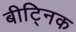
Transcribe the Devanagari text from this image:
बीट्निक